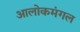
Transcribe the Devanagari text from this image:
आलोकमंगल